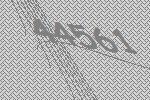
44561